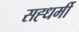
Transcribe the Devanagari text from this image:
सह्धर्मी